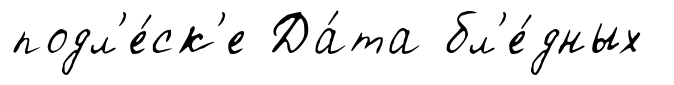
подл'е́ск'е Да́та бл'е́дных